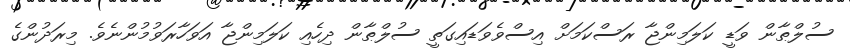
ސުލްޠާން ވަޑީ ކަލަމިންޖާ ރަސްކަމަށް އިސްވެވަޑައިގަތީ ސުލްޠާން ދިހެއި ކަލަމިންޖާ އަވަހާރަވުމުންނެވެ. މިރަދުންގެ